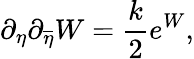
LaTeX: \partial_{\eta}\partial_{\overline{{{\eta}}}}W={\frac{k}{2}}e^{W},